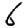
Digit: 6